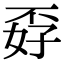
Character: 孬